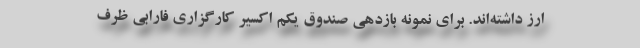
ارز داشته‌اند. برای نمونه بازدهی صندوق یکم اکسیر کارگزاری فارابی ظرف